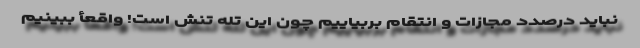
نباید درصدد مجازات و انتقام بربیاییم چون این تله تنش است! واقعأ ببینیم